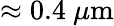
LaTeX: \approx 0.4~\mu\mathrm{m}